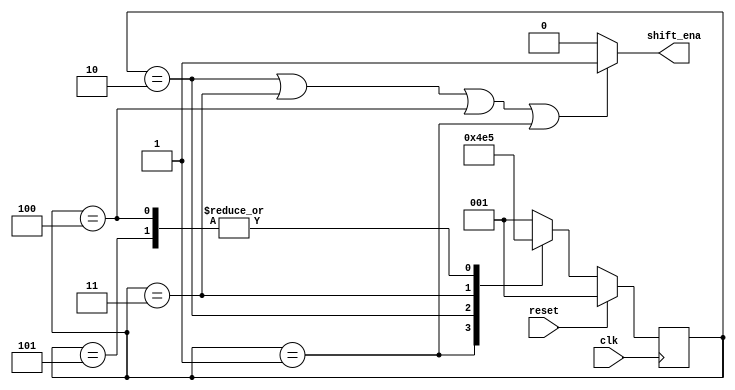
module top_module (
    input clk,
    input reset,      // Synchronous reset
    output shift_ena);

reg [2:0] cstate;
reg [2:0] nstate;

reg shift_ena_reg;

parameter s1 = 3'b001;
parameter s2 = 3'b010;
parameter s3 = 3'b011;
parameter s4 = 3'b100;
parameter s5 = 3'b101;

always @(posedge clk)begin
    if(reset)begin
        cstate <= s1;
    end
    else begin
        cstate <= nstate;
    end
end

always @(*)begin
    nstate = s1;
    case (cstate)
        s1:nstate = s2;
        s2:nstate = s3;
        s3:nstate = s4;
        s4:nstate = s5;
        s5:nstate = s5;
        default:nstate = s1;
    endcase
end

always @(*)begin
    if(cstate == s2 || cstate == s3 || cstate == s4 || cstate == s1)begin
        shift_ena_reg = 1'b1;
    end
    else begin
        shift_ena_reg <= 1'b0;
    end
end

assign shift_ena = shift_ena_reg;
endmodule